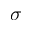
\sigma